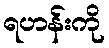
ရဟန်းကို